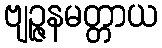
ဗျဉ္ဇနမတ္တာယ